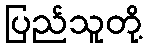
ပြည်သူတို့